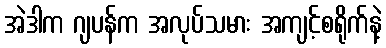
အဲဒါက ဂျပန်က အလုပ်သမား အကျင့်စရိုက်နဲ့